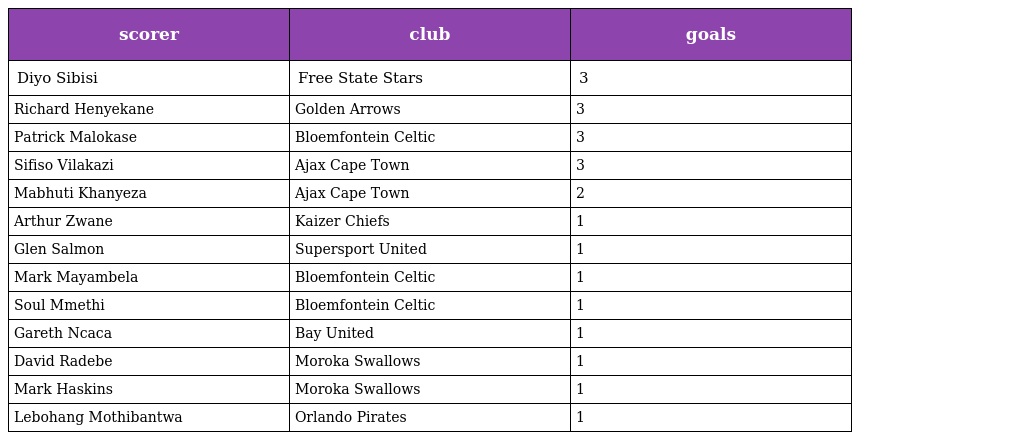
| scorer | club | goals |
 | --- | --- | --- |
 | Diyo Sibisi | Free State Stars | 3 |
 | Richard Henyekane | Golden Arrows | 3 |
 | Patrick Malokase | Bloemfontein Celtic | 3 |
 | Sifiso Vilakazi | Ajax Cape Town | 3 |
 | Mabhuti Khanyeza | Ajax Cape Town | 2 |
 | Arthur Zwane | Kaizer Chiefs | 1 |
 | Glen Salmon | Supersport United | 1 |
 | Mark Mayambela | Bloemfontein Celtic | 1 |
 | Soul Mmethi | Bloemfontein Celtic | 1 |
 | Gareth Ncaca | Bay United | 1 |
 | David Radebe | Moroka Swallows | 1 |
 | Mark Haskins | Moroka Swallows | 1 |
 | Lebohang Mothibantwa | Orlando Pirates | 1 |